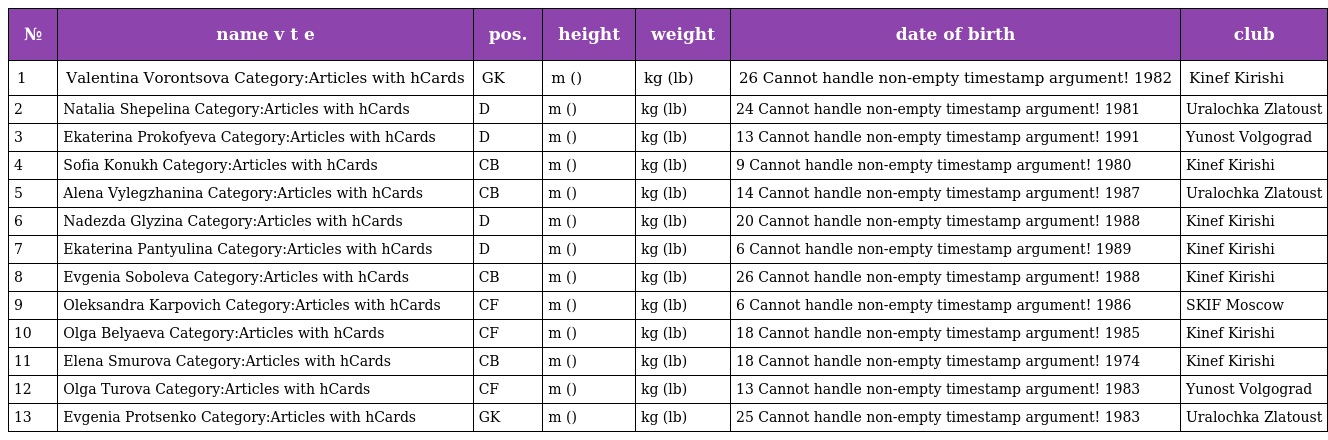
| № | name v t e | pos. | height | weight | date of birth | club |
 | --- | --- | --- | --- | --- | --- | --- |
 | 1 | Valentina Vorontsova Category:Articles with hCards | GK | m () | kg (lb) | 26 Cannot handle non-empty timestamp argument! 1982 | Kinef Kirishi |
 | 2 | Natalia Shepelina Category:Articles with hCards | D | m () | kg (lb) | 24 Cannot handle non-empty timestamp argument! 1981 | Uralochka Zlatoust |
 | 3 | Ekaterina Prokofyeva Category:Articles with hCards | D | m () | kg (lb) | 13 Cannot handle non-empty timestamp argument! 1991 | Yunost Volgograd |
 | 4 | Sofia Konukh Category:Articles with hCards | CB | m () | kg (lb) | 9 Cannot handle non-empty timestamp argument! 1980 | Kinef Kirishi |
 | 5 | Alena Vylegzhanina Category:Articles with hCards | CB | m () | kg (lb) | 14 Cannot handle non-empty timestamp argument! 1987 | Uralochka Zlatoust |
 | 6 | Nadezda Glyzina Category:Articles with hCards | D | m () | kg (lb) | 20 Cannot handle non-empty timestamp argument! 1988 | Kinef Kirishi |
 | 7 | Ekaterina Pantyulina Category:Articles with hCards | D | m () | kg (lb) | 6 Cannot handle non-empty timestamp argument! 1989 | Kinef Kirishi |
 | 8 | Evgenia Soboleva Category:Articles with hCards | CB | m () | kg (lb) | 26 Cannot handle non-empty timestamp argument! 1988 | Kinef Kirishi |
 | 9 | Oleksandra Karpovich Category:Articles with hCards | CF | m () | kg (lb) | 6 Cannot handle non-empty timestamp argument! 1986 | SKIF Moscow |
 | 10 | Olga Belyaeva Category:Articles with hCards | CF | m () | kg (lb) | 18 Cannot handle non-empty timestamp argument! 1985 | Kinef Kirishi |
 | 11 | Elena Smurova Category:Articles with hCards | CB | m () | kg (lb) | 18 Cannot handle non-empty timestamp argument! 1974 | Kinef Kirishi |
 | 12 | Olga Turova Category:Articles with hCards | CF | m () | kg (lb) | 13 Cannot handle non-empty timestamp argument! 1983 | Yunost Volgograd |
 | 13 | Evgenia Protsenko Category:Articles with hCards | GK | m () | kg (lb) | 25 Cannot handle non-empty timestamp argument! 1983 | Uralochka Zlatoust |